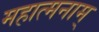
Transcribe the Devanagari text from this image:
महात्मनाम्